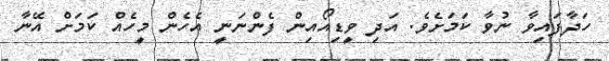
ހަދާފައިވާ ނުވާ ކަމަށެވެ. އަދި ވީޑިއޯއިން ފެންނަނީ އެހެން މީހެއް ކަމަށް އޭނާ